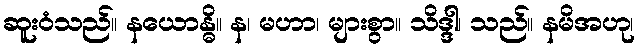
ဆူးဝံသည်။ နယောန္ဓိ။ န၊ မဟာ၊ များစွာ။ သိဒ္ဒါ၊ သည်။ နမိအဟု၊